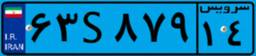
۰۸S۳۲۹۳۳